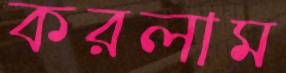
করলাম